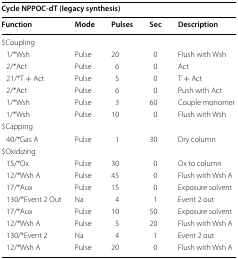
<table><thead><tr><td colspan="5"><b>Cycle NPPOC-dT (legacy synthesis)</b></td></tr><tr><td><b>Function</b></td><td><b>Mode</b></td><td><b>Pulses</b></td><td><b>Sec</b></td><td><b>Description</b></td></tr></thead><tbody><tr><td colspan="5">$Coupling</td></tr><tr><td> 1/*Wsh</td><td>Pulse</td><td>20</td><td>0</td><td>Flush with Wsh</td></tr><tr><td> 2/*Act</td><td>Pulse</td><td>6</td><td>0</td><td>Act</td></tr><tr><td> 21/*T + Act</td><td>Pulse</td><td>5</td><td>0</td><td>T + Act</td></tr><tr><td> 2/*Act</td><td>Pulse</td><td>6</td><td>0</td><td>Push with Act</td></tr><tr><td> 1/*Wsh</td><td>Pulse</td><td>3</td><td>60</td><td>Couple monomer</td></tr><tr><td> 1/*Wsh</td><td>Pulse</td><td>10</td><td>0</td><td>Flush with Wsh</td></tr><tr><td colspan="5">$Capping</td></tr><tr><td> 40/*Gas A</td><td>Pulse</td><td>1</td><td>30</td><td>Dry column</td></tr><tr><td colspan="5">$Oxidizing</td></tr><tr><td> 15/*Ox</td><td>Pulse</td><td>30</td><td>0</td><td>Ox to column</td></tr><tr><td> 12/*Wsh A</td><td>Pulse</td><td>45</td><td>0</td><td>Flush with Wsh A</td></tr><tr><td> 17/*Aux</td><td>Pulse</td><td>15</td><td>0</td><td>Exposure solvent</td></tr><tr><td> 130/*Event 2 Out</td><td>Na</td><td>4</td><td>1</td><td>Event 2 out</td></tr><tr><td> 17/*Aux</td><td>Pulse</td><td>10</td><td>50</td><td>Exposure solvent</td></tr><tr><td> 12/*Wsh A</td><td>Pulse</td><td>5</td><td>20</td><td>Flush with Wsh A</td></tr><tr><td> 130/*Event 2</td><td>Na</td><td>4</td><td>1</td><td>Event 2 out</td></tr><tr><td> 12/*Wsh A</td><td>Pulse</td><td>20</td><td>0</td><td>Flush with Wsh A</td></tr></tbody></table>